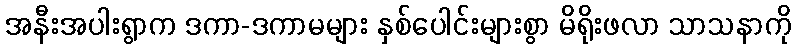
အနီးအပါးရွာက ဒကာ-ဒကာမများ နှစ်ပေါင်းများစွာ မိရိုးဖလာ သာသနာကို